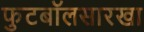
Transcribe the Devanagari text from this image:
फुटबॉलसारखा